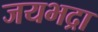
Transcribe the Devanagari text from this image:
जयभद्रा